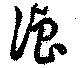
浪